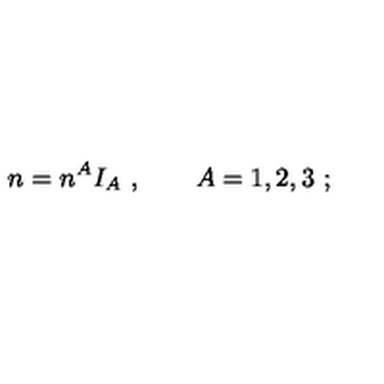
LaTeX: n = n ^ { A } I _ { A } \ , \qquad A = 1 , 2 , 3 \ ;